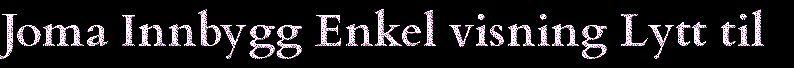
Joma Innbygg Enkel visning Lytt til